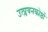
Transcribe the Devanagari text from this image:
उत्प्लवनकोष्ठों